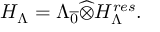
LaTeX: { \cal H } _ { \Lambda } = \Lambda _ { \overline { { { 0 } } } } \widehat { \otimes } { \cal H } _ { \Lambda } ^ { r e s } .